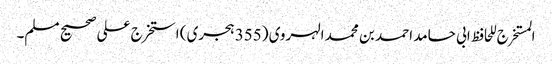
المستخرج للحافظ ابی حامد احمد بن محمد الہروی (355 ہجری) استخرج علی صحیح مسلم۔